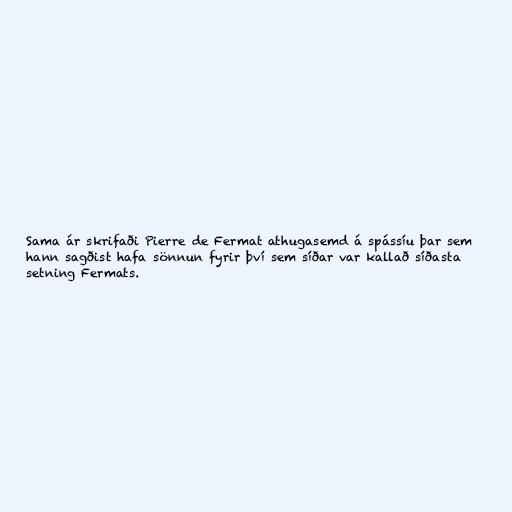
Sama ár skrifaði Pierre de Fermat athugasemd á spássíu þar sem
hann sagðist hafa sönnun fyrir því sem síðar var kallað síðasta
setning Fermats.